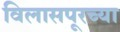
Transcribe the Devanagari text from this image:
विलासपूरच्या